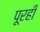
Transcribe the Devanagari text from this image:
पूरही